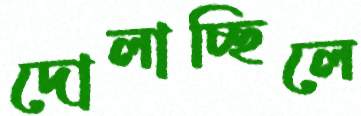
দোলাচ্ছিলে